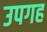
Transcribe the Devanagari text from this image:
उपगह